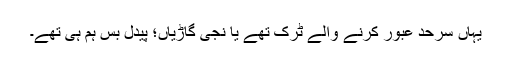
یہاں سرحد عبور کرنے والے ٹرک تھے یا نجی گاڑیاں؛ پیدل بس ہم ہی تھے۔